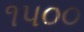
૧પ૦૦